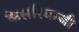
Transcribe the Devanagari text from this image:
केसरियाजी